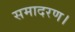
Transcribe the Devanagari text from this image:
समादरण।